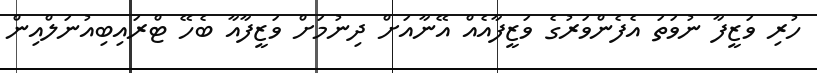
ހުރި ވަޒީފާ ނުވަތަ އެފެންވަރުގެ ވަޒީފާއެއް އޭނާއަށް ދިނުމަށް ވަޒީފާއާ ބެހޭ ޓްރައިބިއުނަލްއިން